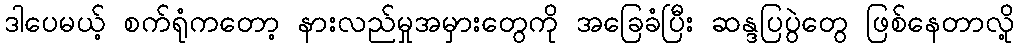
ဒါပေမယ့် စက်ရုံကတော့ နားလည်မှုအမှားတွေကို အခြေခံပြီး ဆန္ဒပြပွဲတွေ ဖြစ်နေတာလို့